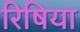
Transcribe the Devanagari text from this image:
रिषिया